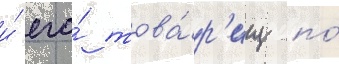
и́ его́ това́р'ищ по́